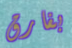
بفارق